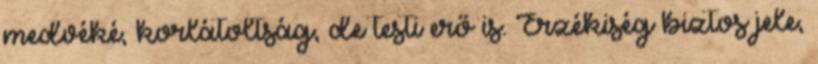
medvéké, korlátoltság, de testi erő is. Érzékiség biztos jele,